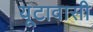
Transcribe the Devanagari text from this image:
यूटावासी